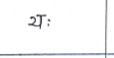
मजकूर: यः